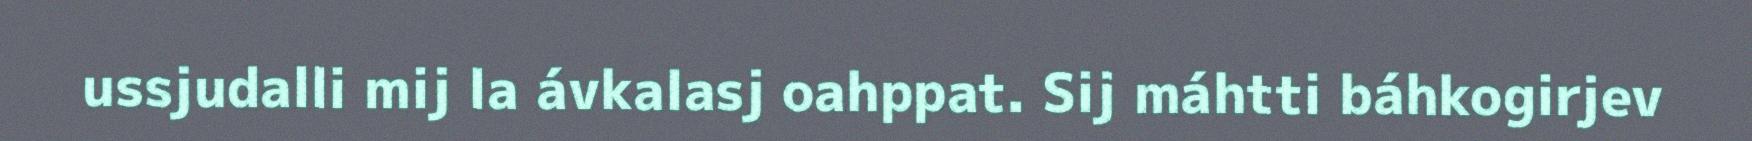
ussjudalli mij la ávkalasj oahppat. Sij máhtti báhkogirjev